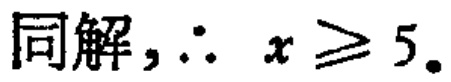
同解，\(\therefore x\geq5\)。